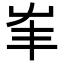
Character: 𡴇